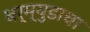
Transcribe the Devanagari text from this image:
बर्म्युडाचा